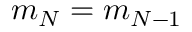
m _ { N } = m _ { N - 1 }